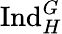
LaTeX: {\mathrm{Ind}}_{H}^{G}